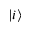
| i \rangle